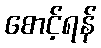
စောင့်ရန်